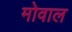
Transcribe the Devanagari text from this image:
मोवाल